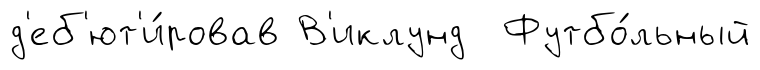
д'еб'ют'и́ровав В'иклунд Футбо́льный